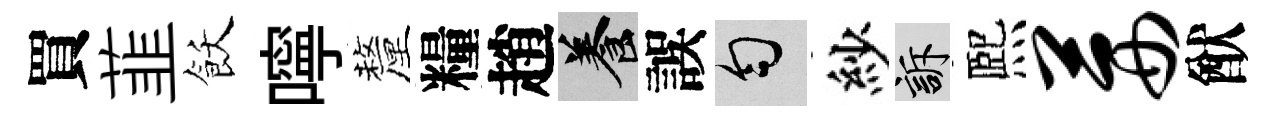
買韮飫嚀釐糧趙養誤匀紗訴熈茜猷